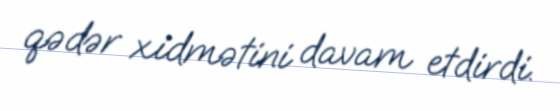
qədər xidmətini davam etdirdi.